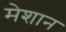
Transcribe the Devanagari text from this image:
मेशान